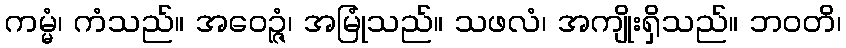
ကမ္မံ၊ ကံသည်။ အဝေဉ္ဇံ၊ အမြုံသည်။ သဖလံ၊ အကျိုးရှိသည်။ ဘဝတိ၊